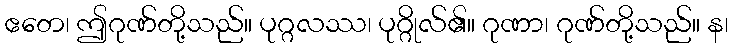
ဧတေ၊ ဤဂုဏ်တို့သည်။ ပုဂ္ဂလဿ၊ ပုဂ္ဂိုလ်၏။ ဂုဏာ၊ ဂုဏ်တို့သည်။ န၊